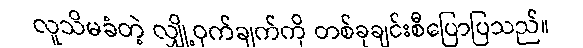
လူသိမခံတဲ့ လျှို့ဝှက်ချက်ကို တစ်ခုချင်းစီပြောပြသည်။